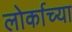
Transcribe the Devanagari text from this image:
लोर्काच्या